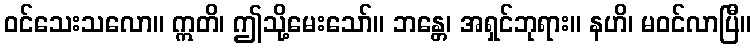
ဝင်သေးသလော။ ဣတိ၊ ဤသို့မေးသော်။ ဘန္တေ၊ အရှင်ဘုရား။ နဟိ၊ မဝင်လာပြီ။